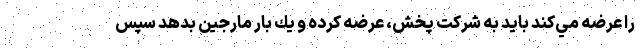
را عرضه مي‌كند بايد به شركت پخش، عرضه كرده و يك بار مارجين بدهد سپس